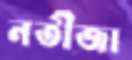
নতীজা